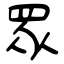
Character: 衆